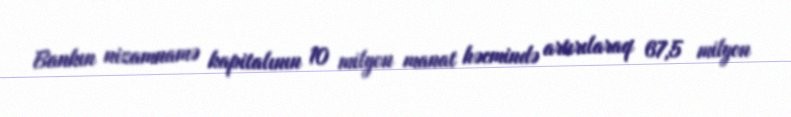
Bankın nizamnamə kapitalının 10 milyon manat həcmində artırılaraq 67,5 milyon